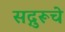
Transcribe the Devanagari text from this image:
सद्गुरूचे